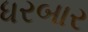
ધરબાર